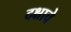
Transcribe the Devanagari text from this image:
दक्षाचे